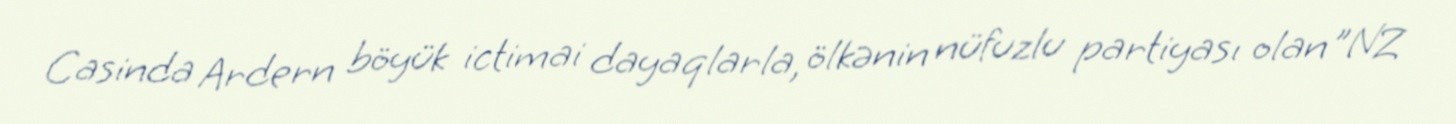
Casinda Ardern böyük ictimai dayaqlarla, ölkənin nüfuzlu partiyası olan ”NZ